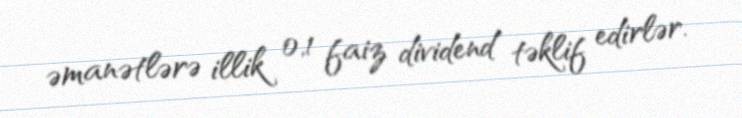
əmanətlərə illik 0,1 faiz dividend təklif edirlər.